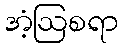
အံ့ဩစရာ